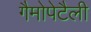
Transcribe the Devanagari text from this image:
गैमोपेटैली